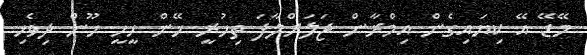
މޭޑޭ އޭ ކިޔައިގެން އިމްރާން ޖަލަށްލާފަ ތިހުރީ ހޭން ހީީހީ ހޫން ދިވެހި